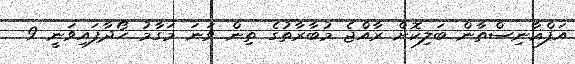
އަފްޣާނިސްތާން ބަލިކޮށް ރާއްޖެ މުބާރާތުގެ ތިން ވަނަ މަގާމު ހޯދާފައިވަނީ 9